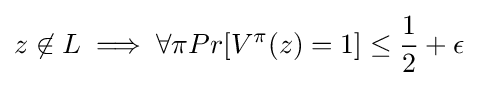
z\not \in L\implies \forall \pi Pr[V^{\pi }(z)=1]\leq {\frac {1}{2}}+\epsilon